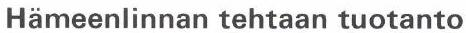
Hämeenlinnan tehtaan tuotanto